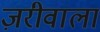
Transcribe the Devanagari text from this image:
ज़रीवाला